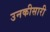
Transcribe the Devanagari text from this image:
उनकीसारी